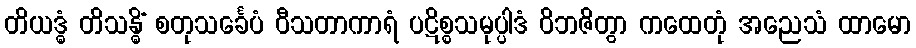
တိယဒ္ဓံ တိသန္ဓိံ စတုသင်္ခေပံ ဝီသတာကာရံ ပဋိစ္စသမုပ္ပါဒံ ဝိဘဇိတွာ ကထေတုံ အညေသံ ထာမော